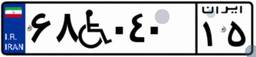
۸۲W۶۱۳۰۸